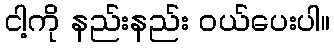
ငါ့ကို နည်းနည်း ဝယ်ပေးပါ။